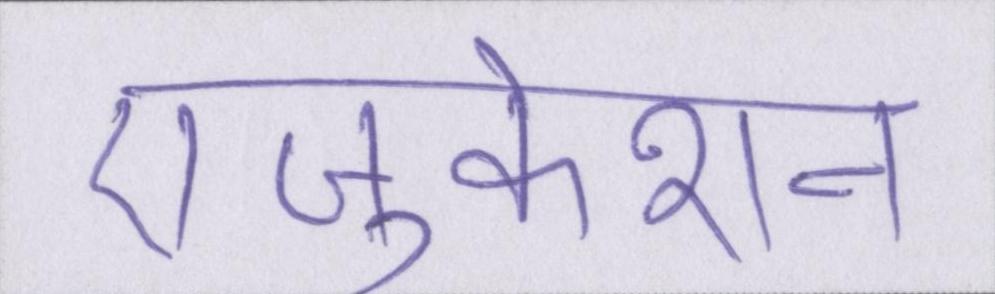
एजुकेशन